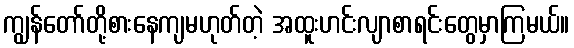
ကျွန်တော်တို့စားနေကျမဟုတ်တဲ့ အထူးဟင်းလျာစာရင်းတွေမှာကြမယ်။